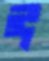
ঈ